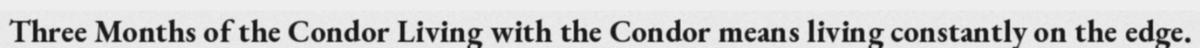
Three Months of the Condor Living with the Condor means living constantly on the edge.